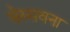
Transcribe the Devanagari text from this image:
वेस्सवना